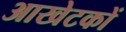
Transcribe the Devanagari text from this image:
आखेटकों